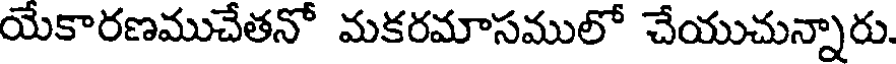
యేకారణముచేతనో మకరమాసములో చేయుచున్నారు.